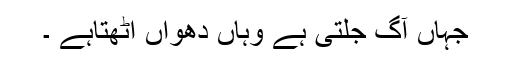
جہاں آگ جلتی ہے وہاں دھواں اٹھتاہے ۔